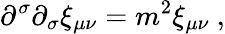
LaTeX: \partial^{\sigma}\partial_{\sigma}\xi_{\mu\nu}=m^{2}\xi_{\mu\nu}~,